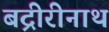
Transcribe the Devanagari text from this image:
बद्रीरीनाथ